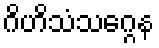
ဂိဟိသံသဂ္ဂေန